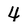
Character: 4